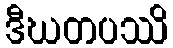
ဒီဃတပဿိ